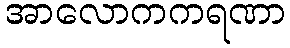
အာလောကကရဏာ